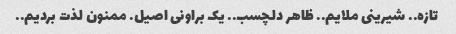
تازه.. شیرینی ملایم.. ظاهر دلچسب.. یک براونی اصیل. ممنون لذت بردیم..